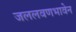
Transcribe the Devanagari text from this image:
जललवणभावेन